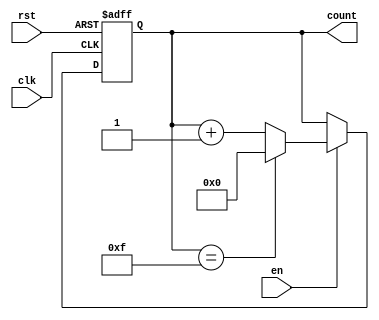
module UpCounterWithEnable #(
    parameter WIDTH = 4 // Width of the counter (number of bits)
) (
    input wire clk,     // Clock signal
    input wire en,      // Enable signal
    input wire rst,     // Asynchronous reset signal
    output reg [WIDTH-1:0] count // Current value of the counter
);

    // Asynchronous reset
    always @(posedge clk or posedge rst) begin
        if (rst) begin
            count <= 0; // Reset counter to 0
        end else if (en) begin
            if (count == (1 << WIDTH) - 1) begin
                count <= 0; // Wrap around to 0
            end else begin
                count <= count + 1; // Increment the counter
            end
        end
    end

endmodule